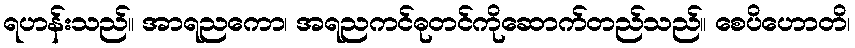
ရဟန်းသည်။ အာရညကော၊ အရညကင်ဓုတင်ကိုဆောက်တည်သည်။ စေပိဟောတိ၊